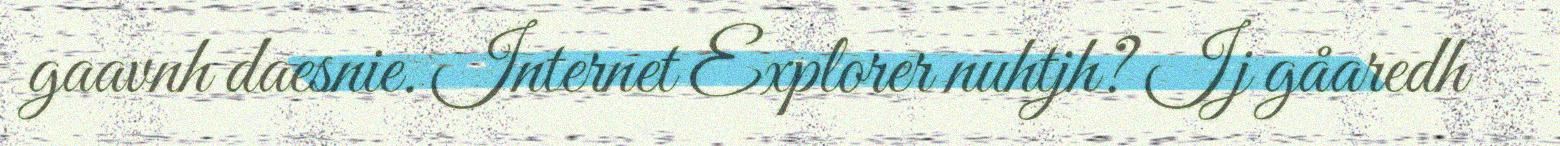
gaavnh daesnie. Internet Explorer nuhtjh? Ij gåaredh